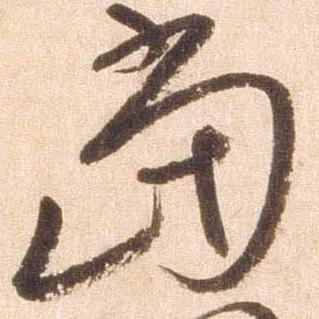
当